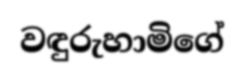
වඳුරුහාමිගේ